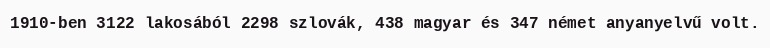
1910-ben 3122 lakosából 2298 szlovák, 438 magyar és 347 német anyanyelvű volt.